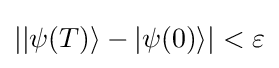
||\psi (T)\rangle -|\psi (0)\rangle |<\varepsilon